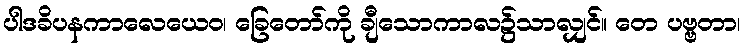
ပါဒခိပနကာလေယေဝ၊ ခြေတော်ကို ချီသောကာလ၌သာလျှင်။ တေ ပဗ္ဗတာ၊